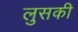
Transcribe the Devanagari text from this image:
लुसकी